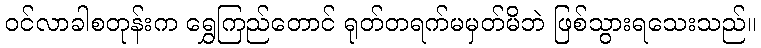
ဝင်လာခါစတုန်းက ရွှေကြည်တောင် ရုတ်တရက်မမှတ်မိဘဲ ဖြစ်သွားရသေးသည်။